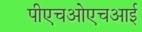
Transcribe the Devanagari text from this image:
पीएचओएचआई